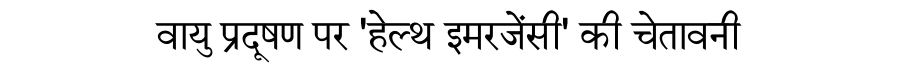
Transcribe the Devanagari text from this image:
वायु प्रदूषण पर 'हेल्थ इमरजेंसी' की चेतावनी